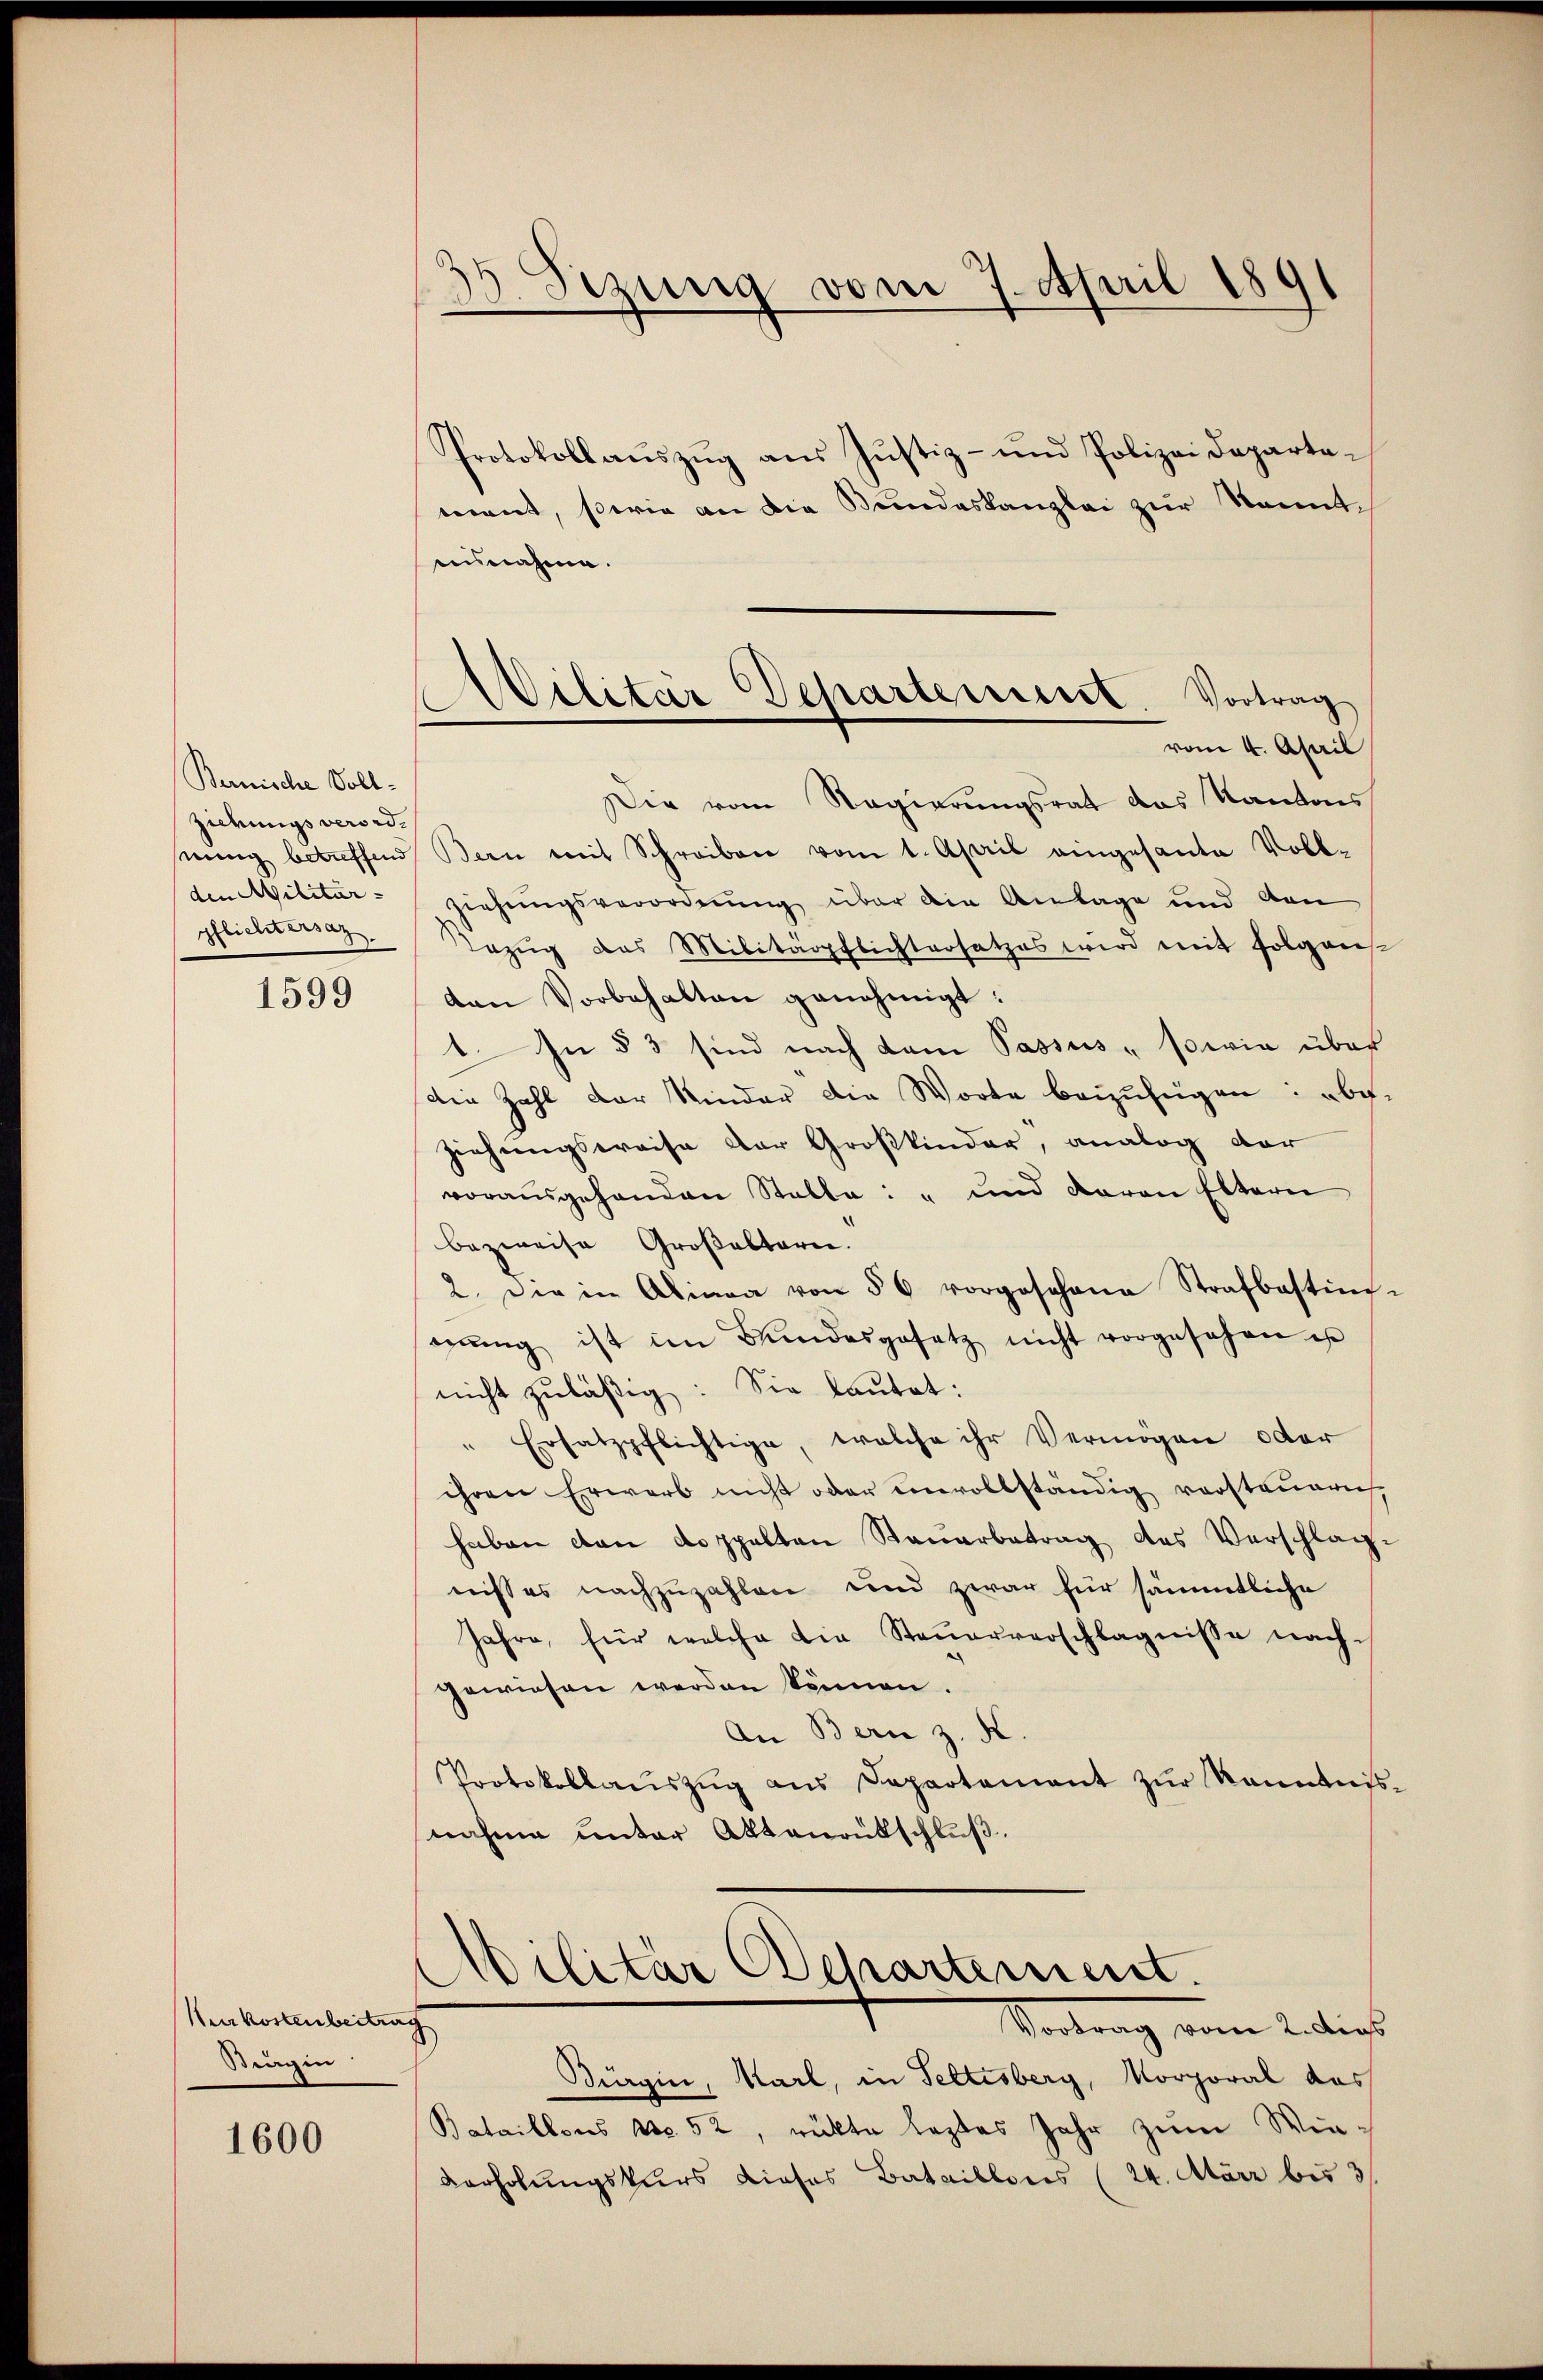
Bernische Vollzirungsverordden Militär.
pflichtersaz.

1599

Kurkostenbeitung
Stragin

1600

Sizung vom 7. April 1891

Dilitar Departerrieret. Vortrag
vom 4. April

Protokoll aŭszŭg aŭs Jŭstiz- und Polizeideparte-
ment, sowie an die Bundeskanzlei zur Kenntausnahme.
Die vom Regierungsrat das Kantons
nŭng betreffend Bern mit Schreiben vom 1. April eingesante Voll-
ziehungsverordnung über die Anlage und den
Bezŭg das Militärpflichtersatzes wird mit folgen.
den Vorbehalten genehmigt:
1. In § 3 sind nach dem Passus - sowie über
Die Zahl der Kinder die Worte beizufügen: abe
ziehungsweise der Großkinder, analog dar
vorausgehanden Stalla: " und daran Eltern
bezweise Großaltarii.
2. Die in Alinea von 56 vorgesehene Strafbastin
nŭng ist im Kindesgesetz nicht vorgesehen is
nicht zuläßig: Sie lautet:
" Ersatzpflichtige, welche ihr Vermögen oder
ihren Erwarb nicht oder unvollständig vorstauerns
haben den Koppelten Steuerbetrag des Verschlag
niß es nachzuzahlen und zwar für sämmtliche
Jahre, für welche die Steŭerverschlägnisse nach
gewiesen werden können.
An Bern z. K.
Protokollaŭszŭg ans Departament zŭr Rannaus
nahme unter Aktenrütschluß.
Militär Departement.
Vortrag vom 2 dies
Bürgin, Karl, in Seltesberg, Morporal das
Bataillons No. 52, rückte leztes Jahr zum Win¬
Verholungskurs dieses Bataillons (24. März bis 3